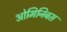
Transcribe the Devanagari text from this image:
ओमिनिबस